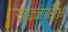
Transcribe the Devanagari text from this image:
साइक्लोस्टोम